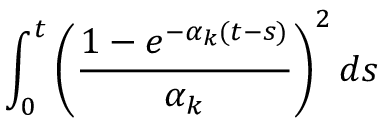
\int _ { 0 } ^ { t } \left( \frac { 1 - e ^ { - \alpha _ { k } ( t - s ) } } { \alpha _ { k } } \right) ^ { 2 } d s